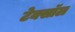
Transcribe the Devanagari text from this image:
टेक्सॉल